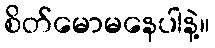
စိတ်မောမနေပါနဲ့။